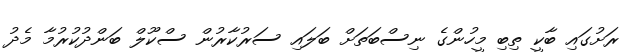
ރަށުގައި ބާކީ ތިބި މީހުންގެ ނިސްބަތަށް ބަލައި ސަރުކާރުން ސްކޫލް ބަންދުކުރުމާ މެދު